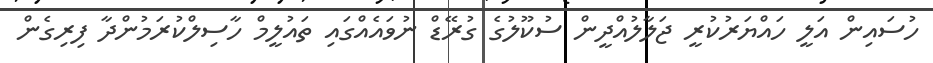
ހުސައިން އަލީ ހައްޔަރުކުރީ ޖަލާލުއްދީން ސުކޫލުގެ ގުރޭޑް ނުވައެއްގައި ތައުލީމް ހާސިލްކުރަމުންދާ ފިރިގެން